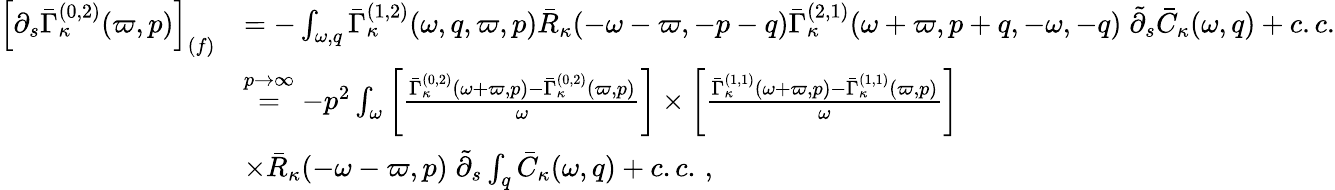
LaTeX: \begin{array}{rl}{\left[\partial_{s}\bar{\Gamma}_{\kappa}^{(0,2)}(\varpi,p)\right]_{(f)}}&{=-\int_{\omega,q}\bar{\Gamma}_{\kappa}^{(1,2)}(\omega,q,\varpi,p)\bar{R}_{\kappa}(-\omega-\varpi,-p-q)\bar{\Gamma}_{\kappa}^{(2,1)}(\omega+\varpi,p+q,-\omega,-q)\; \tilde{\partial}_{s}\bar{C}_{\kappa}(\omega,q)+c.c.}\\ &{\stackrel{p\to\infty}{=}-p^{2}\int_{\omega}\left[\frac{\bar{\Gamma}_{\kappa}^{(0,2)}(\omega+\varpi,p)-\bar{\Gamma}_{\kappa}^{(0,2)}(\varpi,p)}{\omega}\right]\times\left[\frac{\bar{\Gamma}_{\kappa}^{(1,1)}(\omega+\varpi,p)-\bar{\Gamma}_{\kappa}^{(1,1)}(\varpi,p)}{\omega}\right]}\\ &{\times\bar{R}_{\kappa}(-\omega-\varpi,p)\; \tilde{\partial}_{s}\int_{q}\bar{C}_{\kappa}(\omega,q)+c.c.\, ,}\end{array}